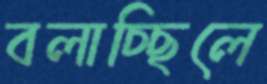
বলাচ্ছিলে